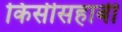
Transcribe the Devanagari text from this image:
किसीसहाबी